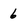
Character: 6